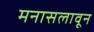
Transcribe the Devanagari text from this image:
मनासलावून